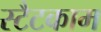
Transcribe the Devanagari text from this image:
स्टैटकाम